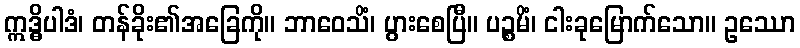
ဣဒ္ဓိပါဒံ၊ တန်ခိုး၏အခြေကို။ ဘာဝေသိံ၊ ပွားစေပြီ။ ပဉ္စမိံ၊ ငါးခုမြောက်သော။ ဥဿော